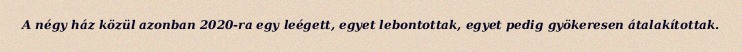
A négy ház közül azonban 2020-ra egy leégett, egyet lebontottak, egyet pedig gyökeresen átalakítottak.